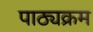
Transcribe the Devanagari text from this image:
पाठ्‍यक्रम